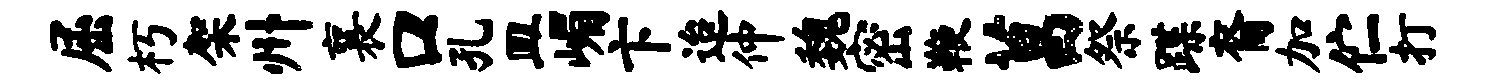
屈朽架州襄口孔皿嵋卞迨仲魏密鞭菖祭蹀裔加伫打